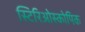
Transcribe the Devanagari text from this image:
स्टिरिओस्कोपिक